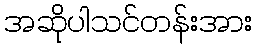
အဆိုပါသင်တန်းအား